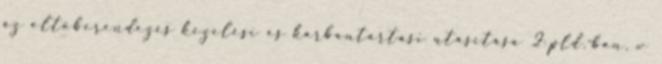
az oltóberendezés kezelési és karbantartási utasítása 2 pld.-ban, w